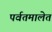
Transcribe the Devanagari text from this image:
पर्वतमालेत